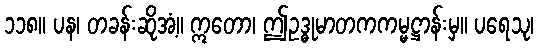
၁၁၈။ ပန၊ တခန်းဆိုအံ့။ ဣတော၊ ဤဥဒ္ဓုမာတကကမ္မဋ္ဌာန်းမှ။ ပရေသု၊